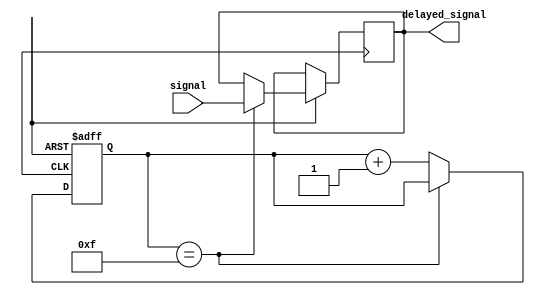
module timing_control_and_synchronization(
  input signal,
  output delayed_signal
);

reg [3:0] latch_delay;

always @(posedge clk or negedge rst) begin
  if (!rst) begin
    latch_delay <= 4'b0000;
  end else begin
    if (latch_delay == 4'b1111) begin
      delayed_signal <= signal;
    end else begin
      latch_delay <= latch_delay + 1;
    end
  end
end

endmodule